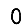
Digit: 0